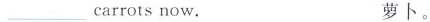
___carrotsnow. 萝卜。